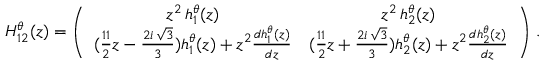
\begin{array} { r } { H _ { 1 2 } ^ { \theta } ( z ) = \left( \begin{array} { c c } { z ^ { 2 } \, h _ { 1 } ^ { \theta } ( z ) } & { z ^ { 2 } \, h _ { 2 } ^ { \theta } ( z ) } \\ { ( \frac { 1 1 } { 2 } z - \frac { 2 i \, \sqrt { 3 } } { 3 } ) h _ { 1 } ^ { \theta } ( z ) + z ^ { 2 } \frac { d h _ { 1 } ^ { \theta } ( z ) } { d z } } & { ( \frac { 1 1 } { 2 } z + \frac { 2 i \, \sqrt { 3 } } { 3 } ) h _ { 2 } ^ { \theta } ( z ) + z ^ { 2 } \frac { d h _ { 2 } ^ { \theta } ( z ) } { d z } } \end{array} \right) \, . } \end{array}